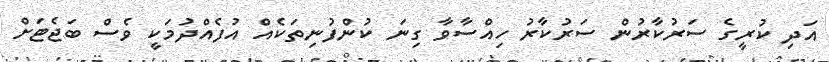
އަދި ކުރީގެ ސަރުކާރުން ސަރުކާރު ހިއްސާވާ ގިނަ ކުންފުނިތަކެއް އުފެއްދުމަކީ ވެސް ބަޖެޓަށް